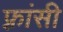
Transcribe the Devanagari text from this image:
फ़्रांसी